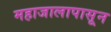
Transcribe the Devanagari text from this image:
महाजालापासून